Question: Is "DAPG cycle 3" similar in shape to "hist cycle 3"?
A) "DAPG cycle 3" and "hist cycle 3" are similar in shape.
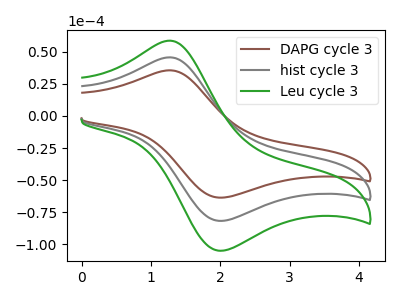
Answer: <think>The brown curve "DAPG cycle 3" has an anodic peak at (1.30V, 35.60uA) and a cathodic peak at (1.95V, -63.65uA). The gray curve "hist cycle 3" has an anodic peak at (1.30V, 45.70uA) and a cathodic peak at (1.95V, -81.75uA). The green curve "Leu cycle 3" has an anodic peak at (1.30V, 91.40uA) and a cathodic peak at (1.95V, -163.50uA).
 All the peaks in "DAPG cycle 3" have a peak in "hist cycle 3" at the same potential. Every peak in "DAPG cycle 3" is lower than every peak in "hist cycle 3".</think>
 <answer>A) "DAPG cycle 3" and "hist cycle 3" are similar in shape.</answer>
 <eval>A</eval>